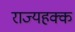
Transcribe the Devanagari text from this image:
राज्यहक्क